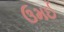
ઉમઈ